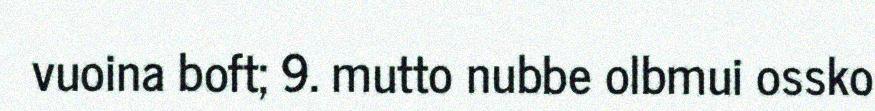
vuoina boft; 9. mutto nubbe olbmui ossko